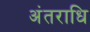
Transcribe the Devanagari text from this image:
अंतराधि